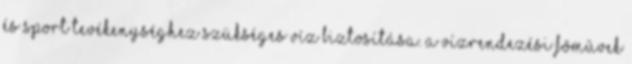
és sport tevékenységhez szükséges víz biztosítása. A Vízrendezési fõmûvek